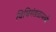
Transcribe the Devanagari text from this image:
विधिमंडळामध्‍ये